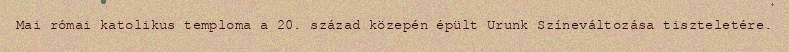
Mai római katolikus temploma a 20. század közepén épült Urunk Színeváltozása tiszteletére.